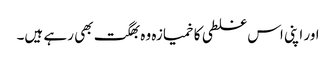
اور اپنی اس غلطی کا خمیازہ وہ بھگت بھی رہے ہیں۔